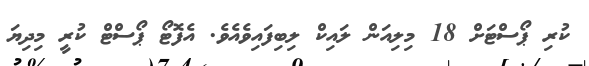
ކުރި ޕޯސްޓަށް 18 މިލިއަން ލައިކް ލިބިފައިވެއެވެ. އެފޮޓޯ ޕޯސްޓް ކުރީ މިދިޔަ